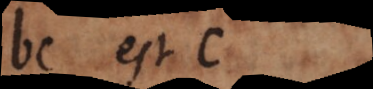
bc est c,